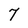
Character: 7